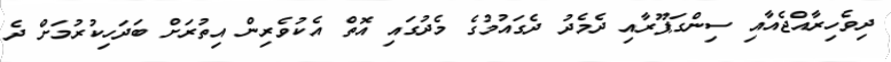
ދިވެހިރާއްޖެއާއި ސިންގަޕޫރާއި ދެމެދު ދެގައުމުގެ މެދުގައި އޮތް އެކުވެރިން އިތުރަށް ބަދަހިކުރުމަށް ދެ